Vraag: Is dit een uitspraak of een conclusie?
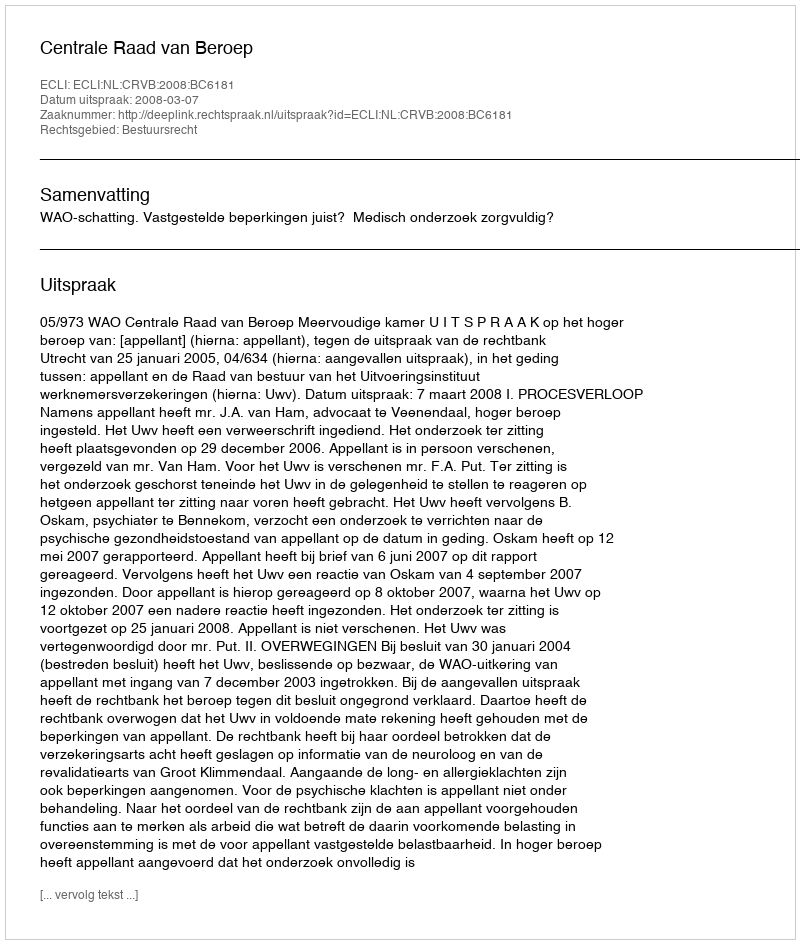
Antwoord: Uitspraak